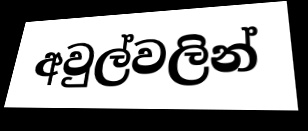
අවුල්වලින්